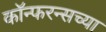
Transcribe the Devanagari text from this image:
कॉन्फरन्सच्या